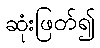
ဆုံးဖြတ်၍